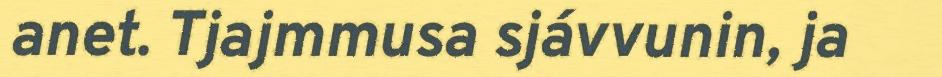
anet. Tjajmmusa sjávvunin, ja